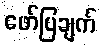
ဖော်ပြချက်